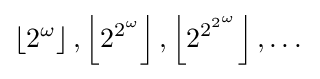
\left\lfloor 2^{\omega }\right\rfloor ,\left\lfloor 2^{2^{\omega }}\right\rfloor ,\left\lfloor 2^{2^{2^{\omega }}}\right\rfloor ,\dots